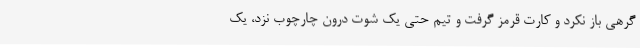
گرهی باز نکرد و کارت قرمز گرفت و تیم حتی یک شوت درون چارچوب نزد، یک